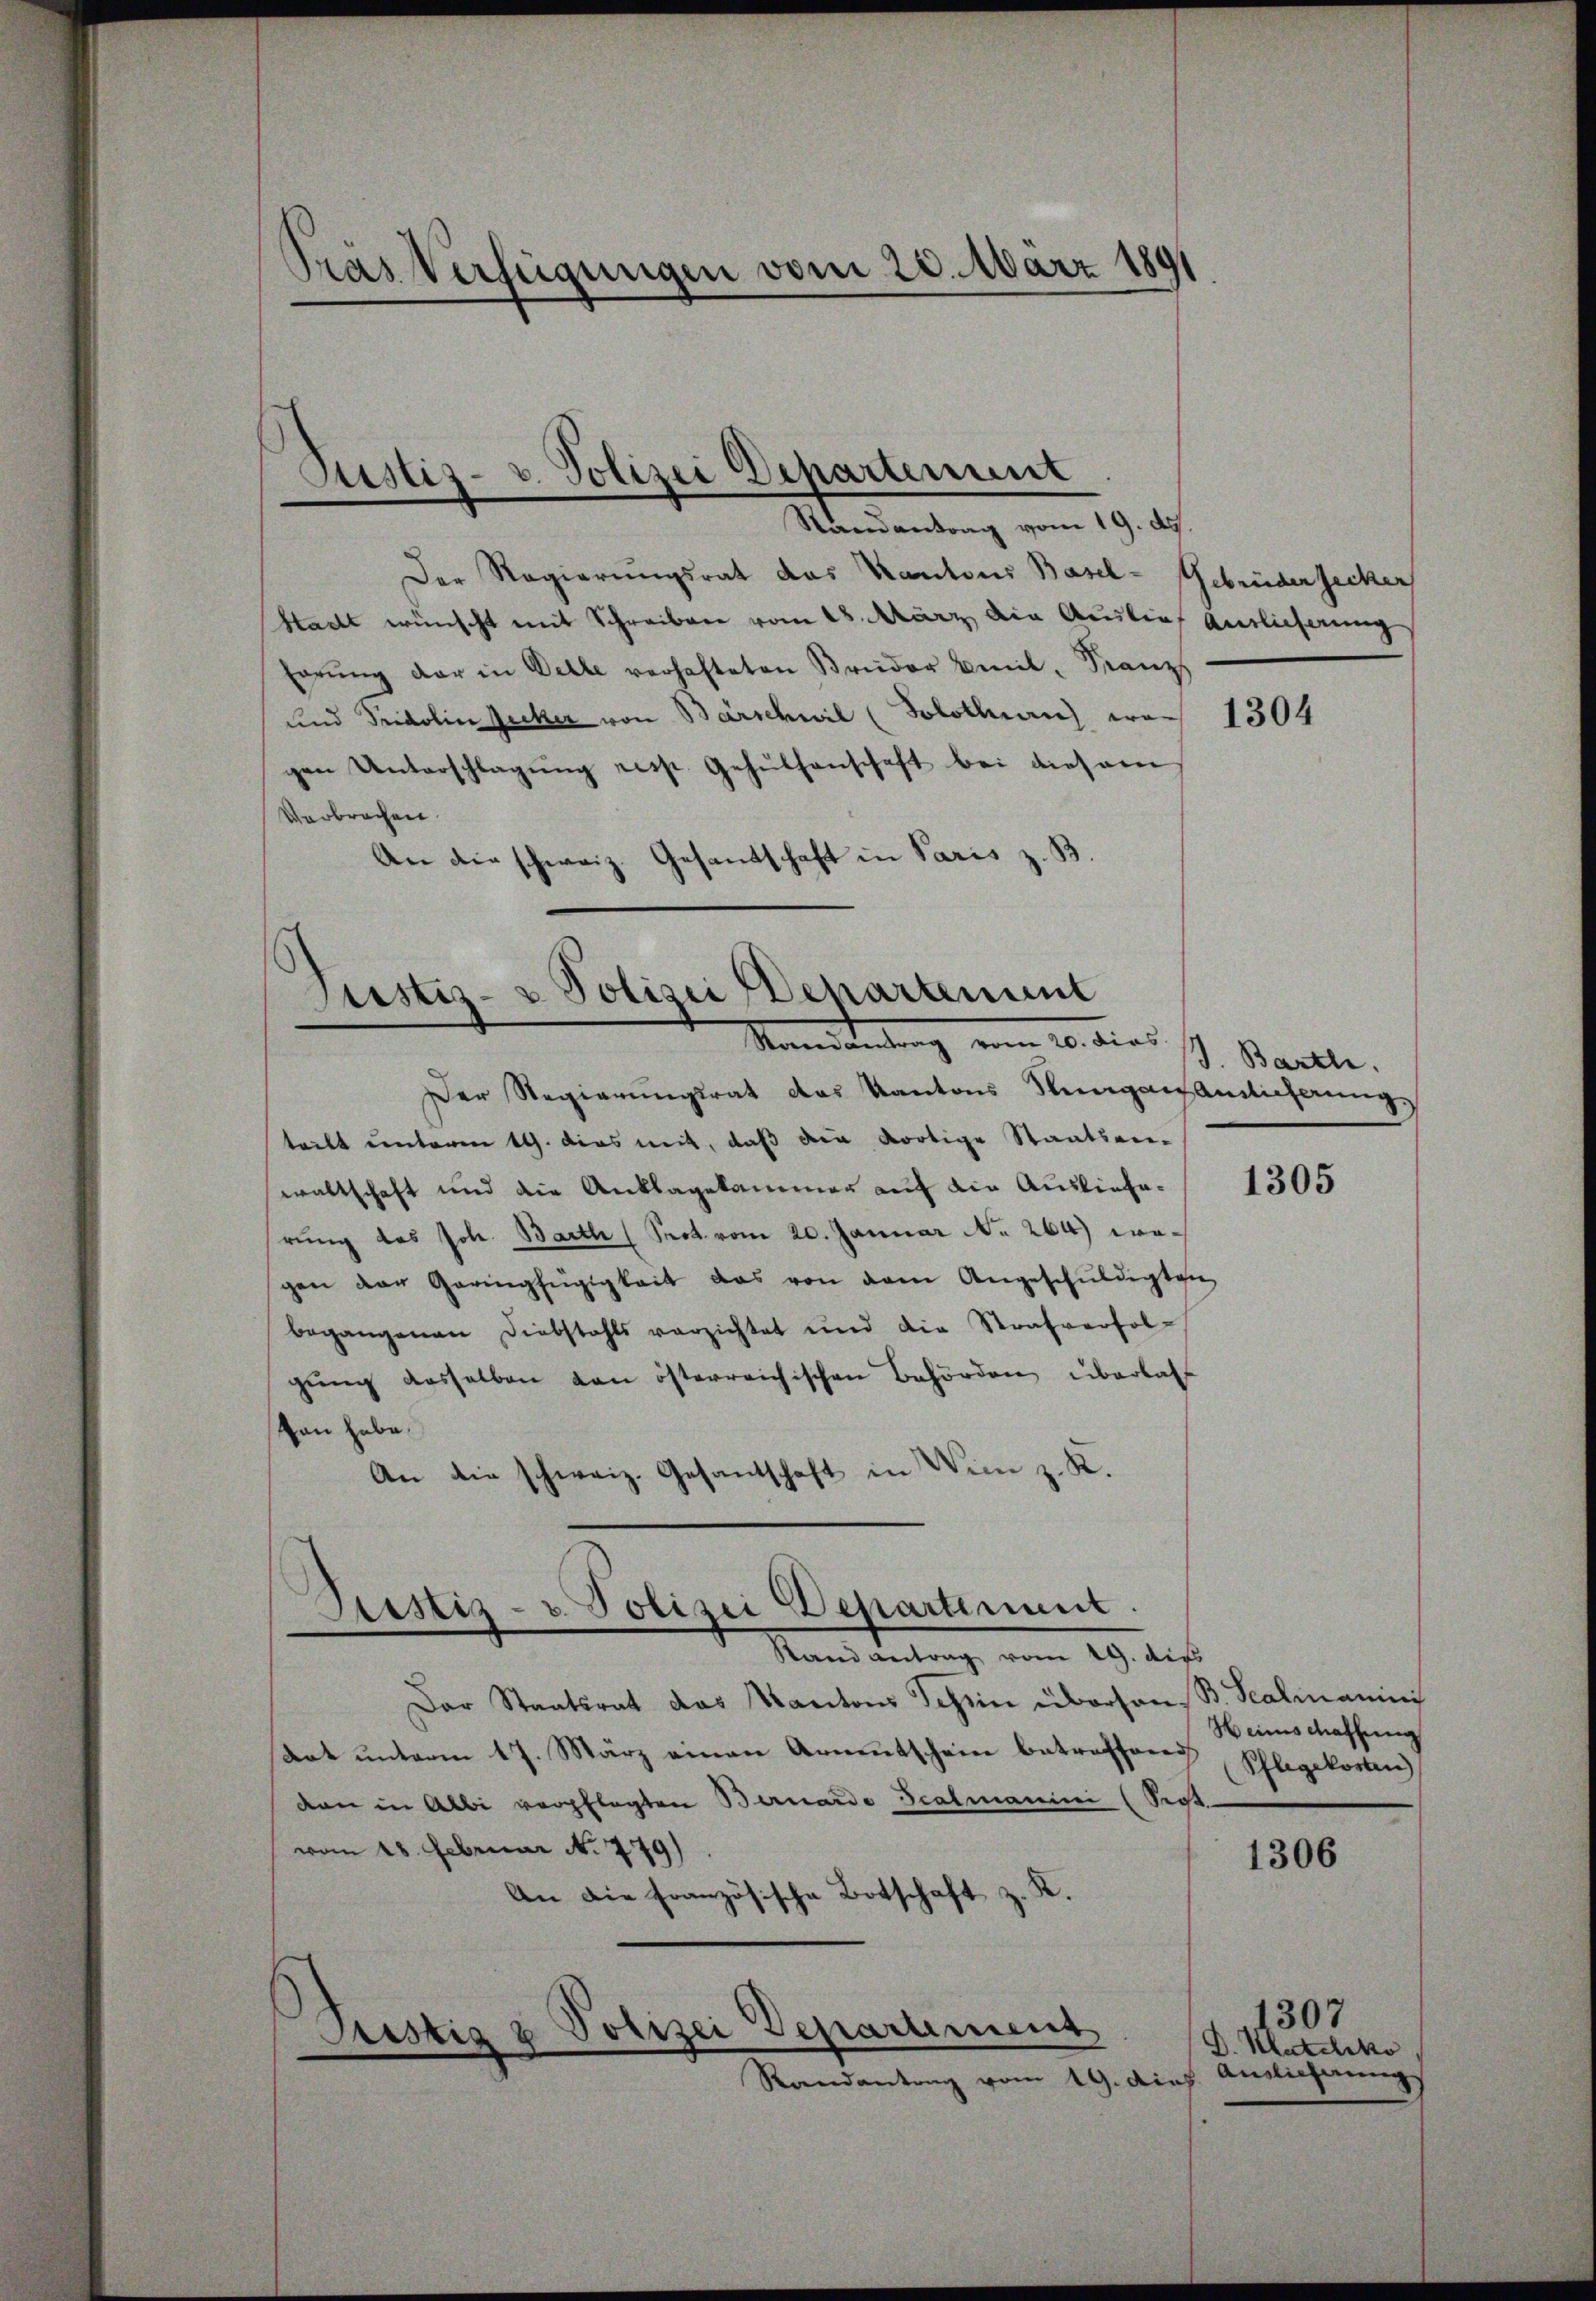
Pras Verfügungen vom 20. März 1891

Justiz- v. Polizei Departement
Randantrag vom 19. d.

Der Regierungsrat das Kantons Basel- Gebrüdersecken
Stadt wünscht mit Schreiben vom 18. März die Auslief Auslieferung
herŭng der in Delle verhafteten Brüder Emil Franz
und Fridolin Zucker von Barschwil (Solothurn wo 1304
gen Unterschlagung resp. Gehülfenschaft bei diesem
Verbrechen.
An die schweiz. Gesandschaft in Paris z. B.

Justiz- & Polizei Departement
Mandantung vom 10. dies sch. Barche.

Sistiz- u. Polizei Departement.
Stand antrag vom 19. dies

Der Regierungsrat das Kantons Singen Amtlicherung
teilt unterm 19. dies mit, daß der dortige Staatsan-
waltschaft und die Anklagekammer auf die Auslieferung des Joh. Barth (Seot vom 20. Januar No 264) wogen der Geringfügigkeit das von dem Angeschŭldigten
begangenen Diebstahls verzichtet und die Strafverfolgŭng desselben den österreichischen Behörden überlass
tan habe.
An die schweiz. Gesantschaft in Wien z. R.

Der Staatsrat das Kantons Schein überhandat ŭnterm 17. März einen Armentschein betreffen, Pflegekosten
von in Albi verpflegten Bernardo Scalmanini (Sept
vom 18. Februar N. 779).
An die französische Botschaft z. R.
ustiz & Polizei Departement
Randantrag vom 19. dich

1305

B. Scalmannis
Heines Massung

1306

1307
D. Klattiko
Auslicherung